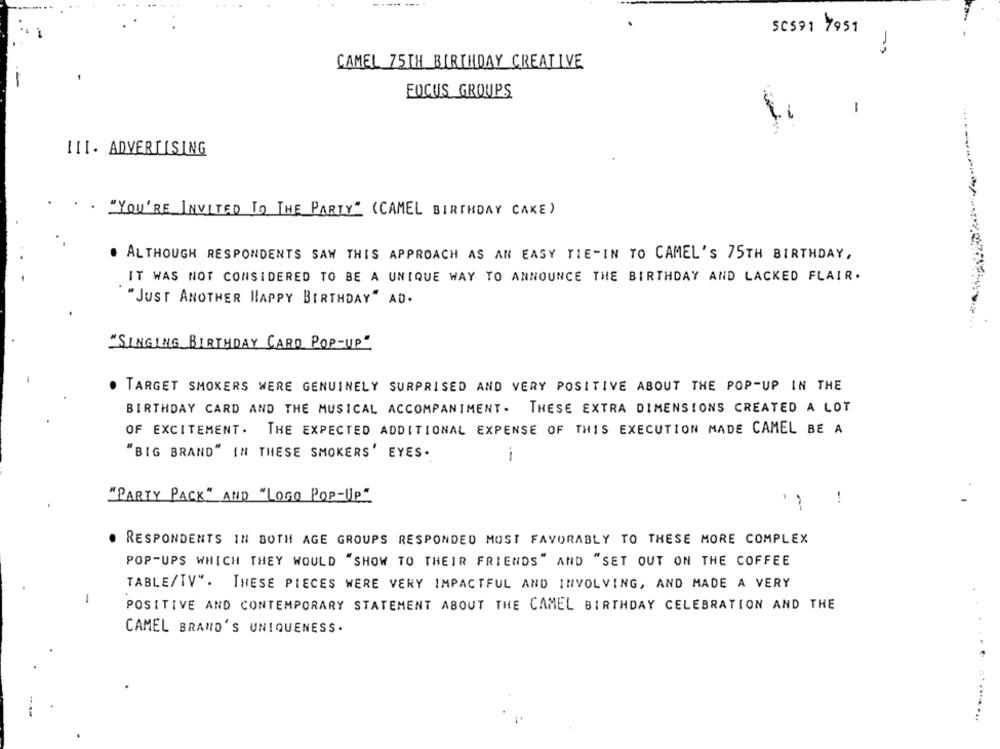
---- --.
5C571 7951
CAMEL 75TH BIRTHDAY CREATIVE
FOCUS GROUPS
-
III. ADVERTISING
"YOU'RE INVITED TO THE PARTY" (CAMEL BIRTHDAY CAKE)
. ALTHOUGH RESPONDENTS SAY THIS APPROACH AS AN EASY TIE-IN TO CAMEL'S 75TH BIRTHDAY,
IT WAS NOT CONSIDERED TO BE A UNIQUE WAY TO ANNOUNCE THE BIRTHDAY AND LACKED FLAIR.
"JUST ANOTHER HAPPY BIRTHDAY" AD.
"SINGING BIRTHDAY CARD POP-UP"
TARGET SMOKERS WERE GENUINELY SURPRISED AND VERY POSITIVE ABOUT THE POP-UP IN THE
BIRTHDAY CARD AND THE MUSICAL ACCOMPANIMENT. THESE EXTRA DIMENSIONS CREATED A LOT
OF EXCITEMENT. THE EXPECTED ADDITIONAL EXPENSE OF THIS EXECUTION MADE CAMEL BE A
"BIG BRAND" IN THESE SMOKERS' EYES.
-
"PARTY PACK" AND "LOGO POP-UP"
!
RESPONDENTS IN BOTH AGE GROUPS RESPONDED MOST FAVORABLY TO THESE MORE COMPLEX
POP-UPS WHICH THEY WOULD "SHOW TO THEIR FRIENDS" AND "SET OUT ON THE COFFEE
TABLE/TV". THESE PIECES WERE VERY IMPACTFUL AND INVOLVING, AND MADE A VERY
-
POSITIVE AND CONTEMPORARY STATEMENT ABOUT THE CAMEL BIRTHDAY CELEBRATION AND THE
CAMEL BRAND'S UNIQUENESS.